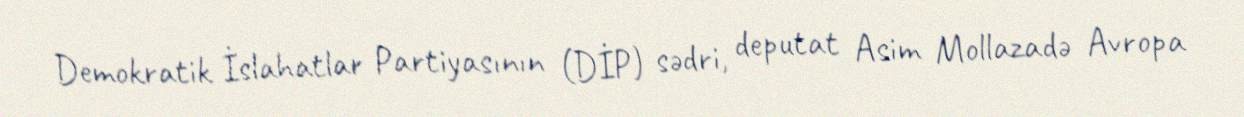
Demokratik İslahatlar Partiyasının (DİP) sədri, deputat Asim Mollazadə Avropa